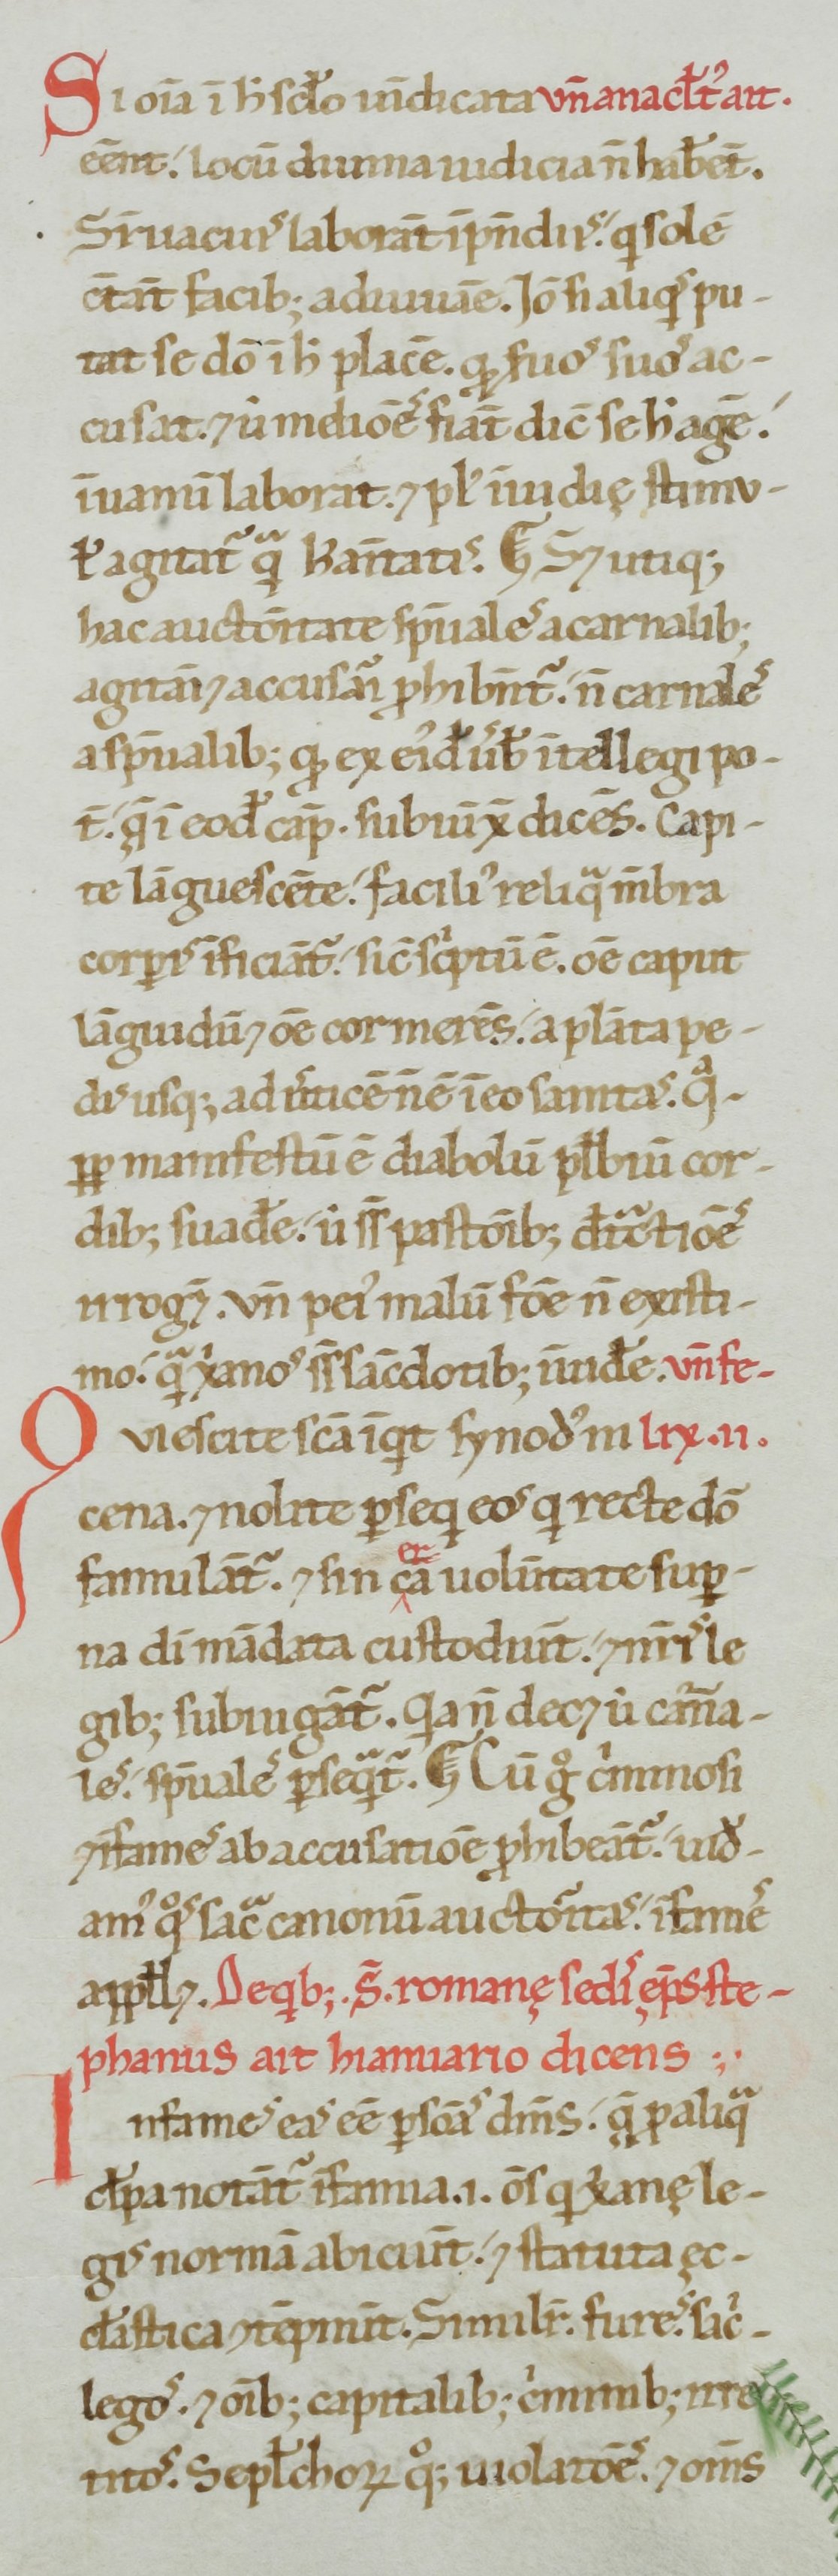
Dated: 1100–1199